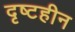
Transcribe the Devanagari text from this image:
दृष्टहीन